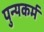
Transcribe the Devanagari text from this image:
पुन्यकर्म